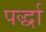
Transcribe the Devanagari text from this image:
पर्द्धा